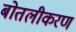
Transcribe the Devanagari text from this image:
बोतलीकरण